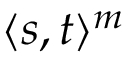
\langle s , t \rangle ^ { m }